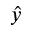
\hat { y }